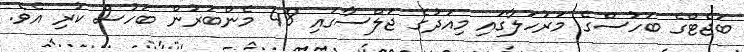
ބަޖެޓްގެ ބަހުސްގެ މަރުހަލާގައި މިއަދުގެ ޖަލްސާގައި 48 މެންބަރުން ބަހުސް ކުރި އެވެ.